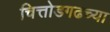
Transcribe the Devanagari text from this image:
चित्तोडगढच्या